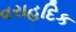
વરાહદિક